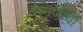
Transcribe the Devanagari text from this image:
समजीवी